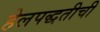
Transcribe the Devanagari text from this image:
हेलपद्धतीची